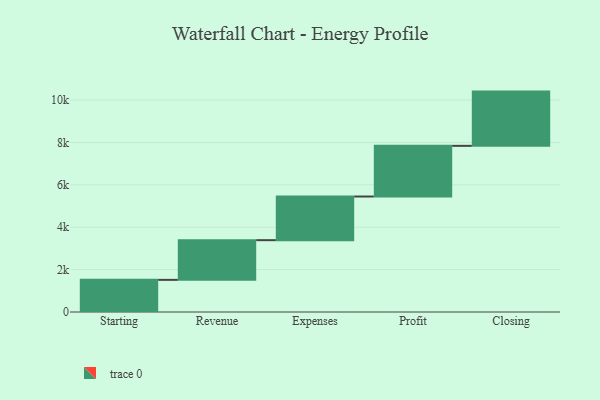
{"axis": {"x": "Step", "y": "Value"}, "legend": [""], "data": [{"x": "Starting", "y": 1517.0, "type": ""}, {"x": "Revenue", "y": 1873.0, "type": ""}, {"x": "Expenses", "y": 2060.0, "type": ""}, {"x": "Profit", "y": 2392.0, "type": ""}, {"x": "Closing", "y": 2560.0, "type": ""}]}